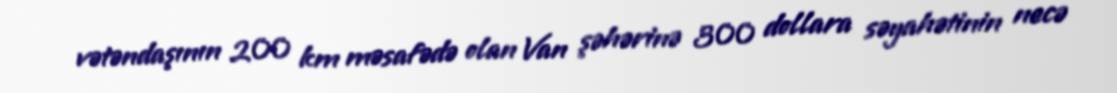
vətəndaşının 200 km məsafədə olan Van şəhərinə 300 dollara səyahətinin necə